talulepingud_et, lk 6
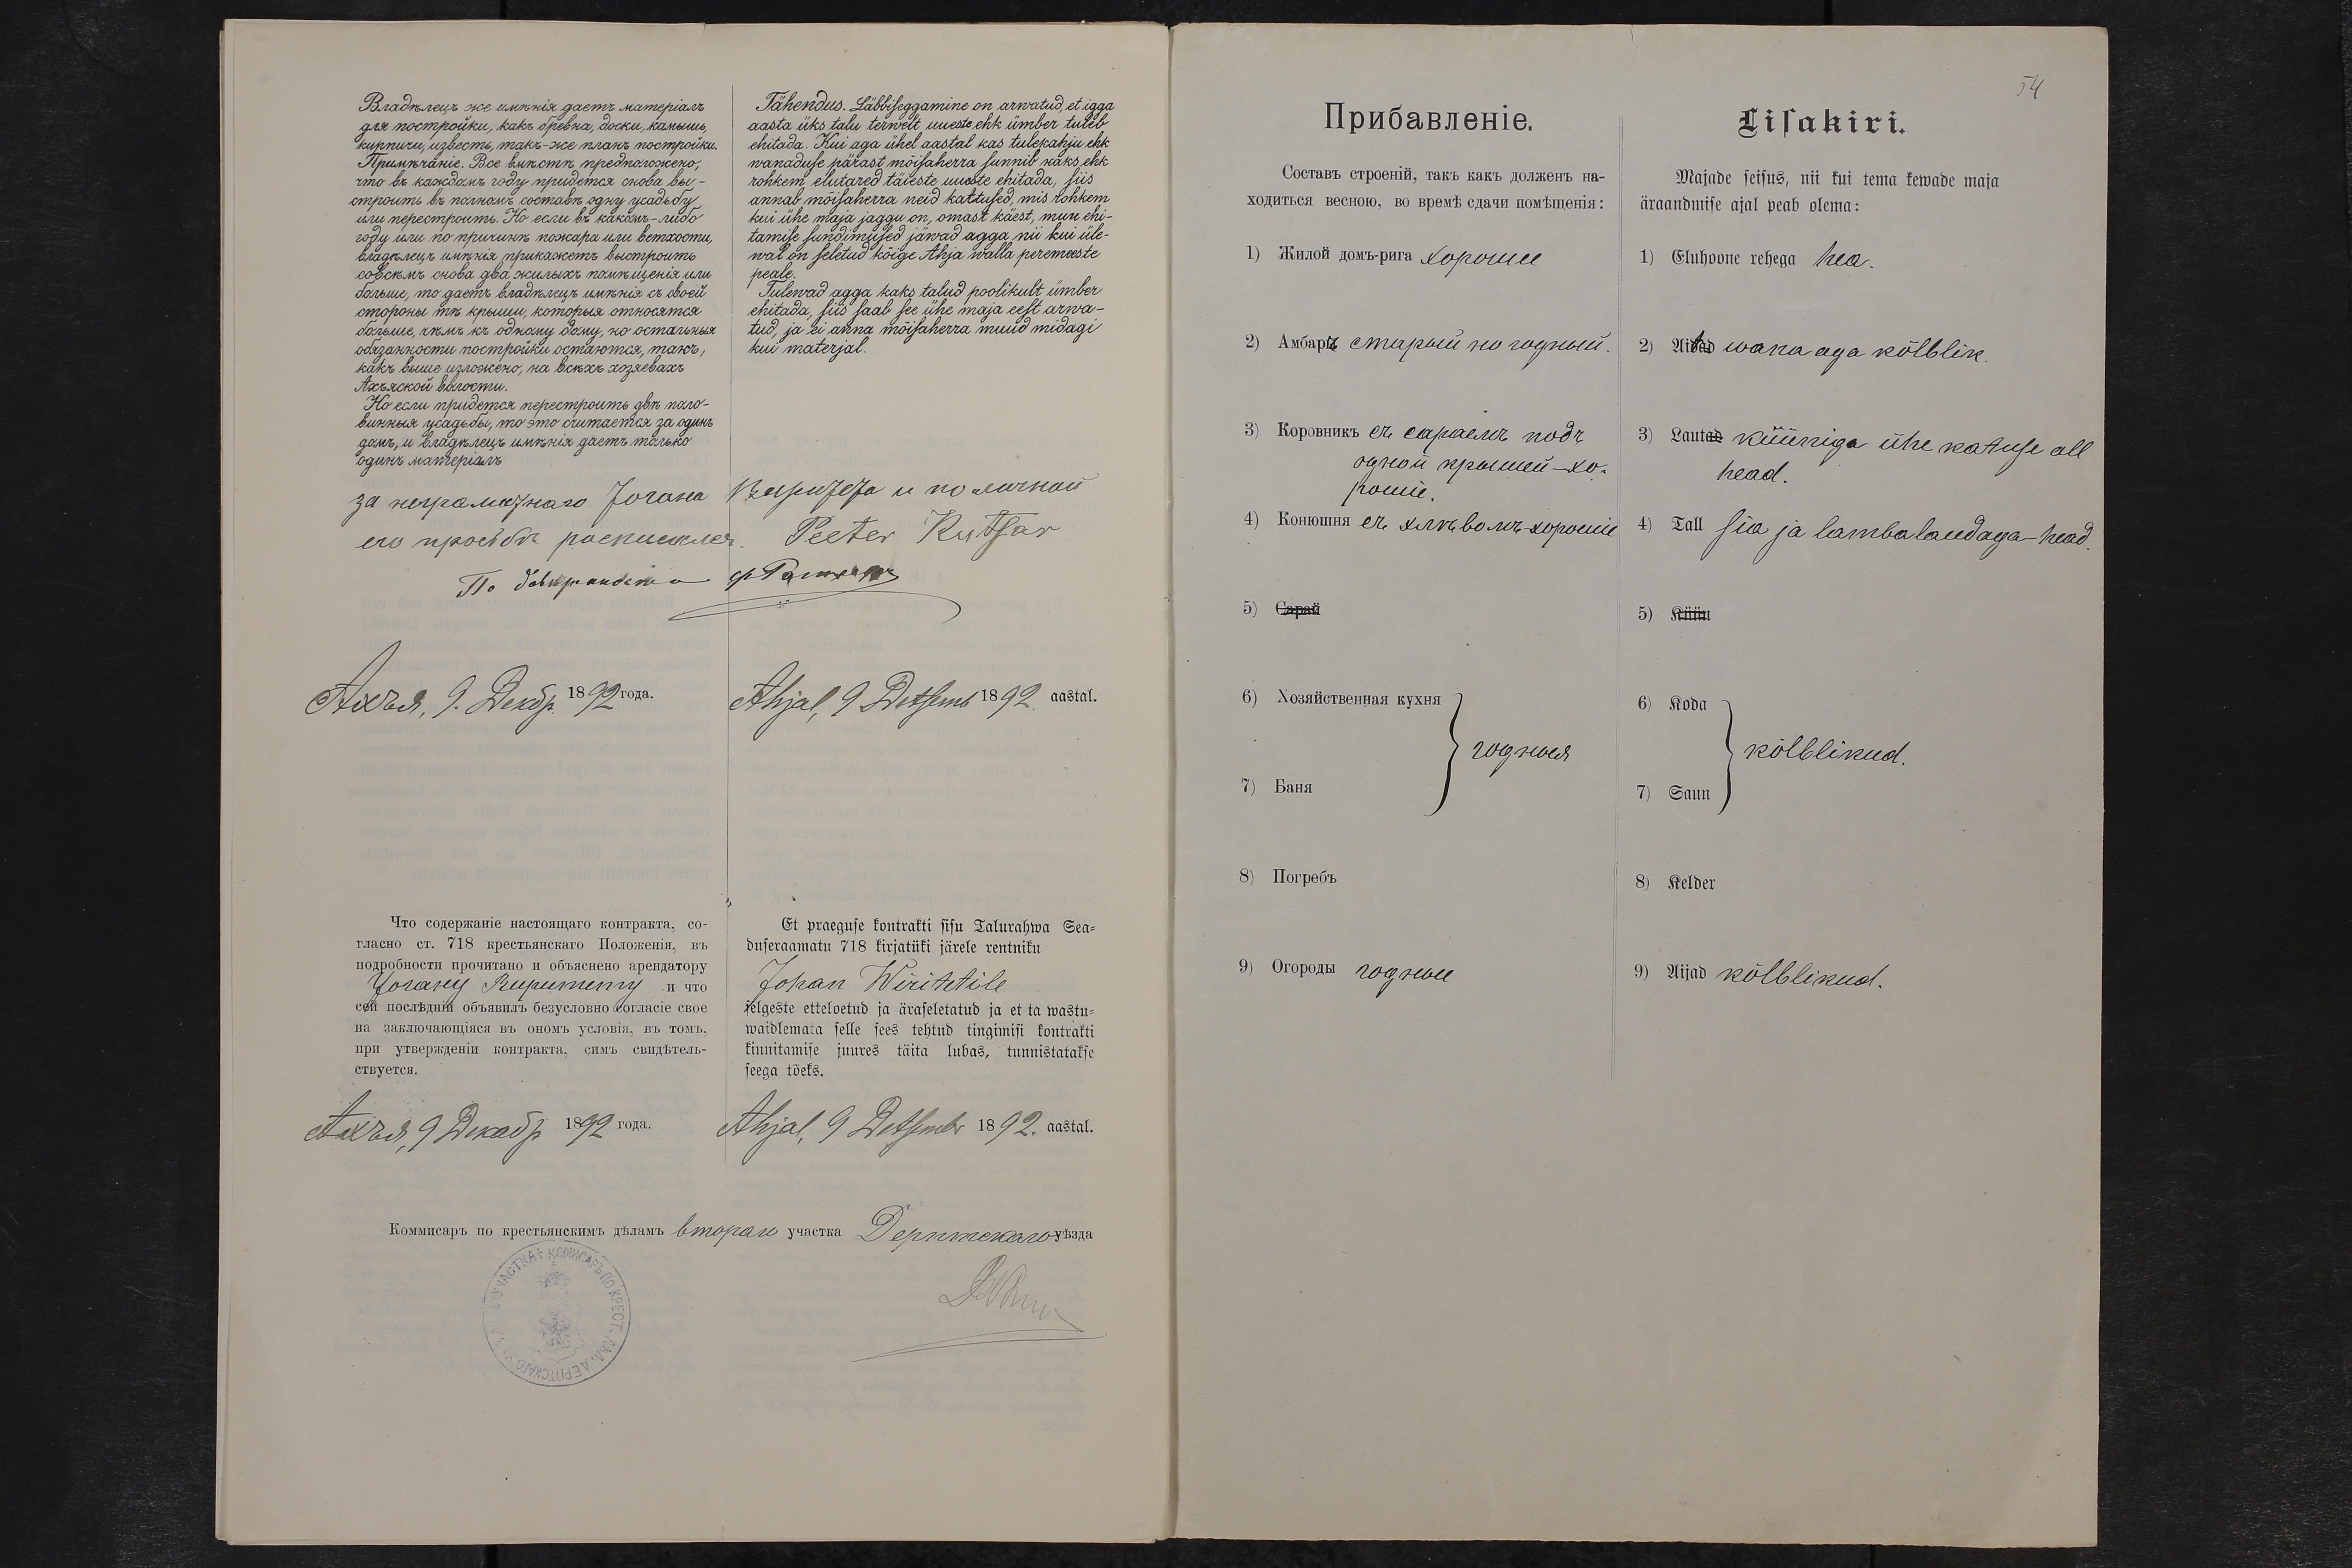
Tähendus. Läbbiseggamine on arwatud, et igga
aasta üks talu terwelt uueste ehk ümber tuleb
ehitada. Kui aga ühel aastal kas tulekahju ehk
wanaduse pärast mõisaherra sunnib kaks ehk
rohkem elutared täieste uueste ehitada, siis
annab mõisaherra neid kattused, mis rohkem
kui ühe maja jaggu on, omast käest, muu ehi-
tamise sundimised jäwad agga nii kui üle-
wal on seletud kõige Ahja walla peremeeste
peale.
Tulewad agga kaks talud poolikult ümber
ehitada, siis saab see ühe maja eest arwa-
tud, ja ei anna mõisaherra muud midagi
kui materjal.
Peeter Kutsar
Ahjal, 9 Detsemb 1892 aastal.
Et praeguse kontrakti sisu Talurahwa Sea-
duseraamatu 718 kirjatüki järele rentniku
Johan  Wiritetile
selgeste etteloetud ja äraseletatud ja et ta wastu-
waidlemata selle sees tehtud tingimisi kontrakti
kinnitamise juures täita lubas, tunnistatakse
seega tõels.
Ahjal, 9 Detsember 1892. aastal.

Lisakiri.
Majade seisus, nii kui tema kewade maja
äraandmise ajal peab olema:
1) Eluhoone rehega hea.
2)Aitdad wana aga kõlblik.
3) Lautad küüniga ühe katuse all
head.
4) Tall sia ja lambalaudadega - head.
5) Küün
6) Koda
kõlblikud
7) Saun
8) Kelder
9) Aijad kõlblikud.